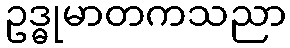
ဥဒ္ဓုမာတကသညာ